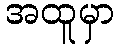
အထူမှာ